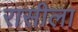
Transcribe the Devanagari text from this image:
रासीला